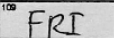
Transcription: FRI